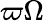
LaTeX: \varpi\Omega